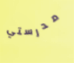
مدرستي